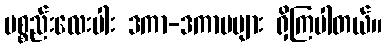
ပစ္စည်းလေးပါး ဒကာ-ဒကာမများ ရှိကြပါတယ်။